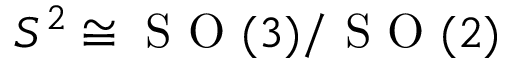
S ^ { 2 } \cong \mathrm { ~ S ~ O ~ } ( 3 ) / \mathrm { ~ S ~ O ~ } ( 2 )